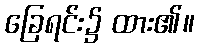
ခြေရင်း၌ ထား၏။